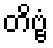
တိဗ္ဗံ